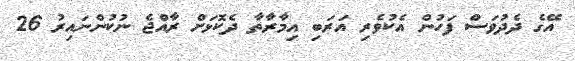
އޭގެ ދެދުވަސް ފަހުން އެކުވެރި އަރަބި އިމާރާތާ ދެކޮޅަށް ރާއްޖެ ނުކުންނައިރު 26